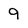
Character: 9